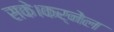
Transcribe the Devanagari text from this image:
सके।कर्नेल